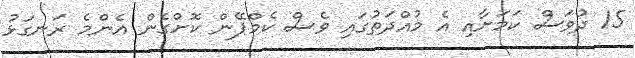
15 ދުވަސް ކަމަށާއި އެ މުއްދަތުގައި ވެސް ކެމްޕޭން ކޮށްގެން އެންމެ ރަނގަޅު